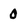
Character: 0